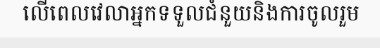
លើពេលវេលាអ្នកទទួលជំនួយនិងការចូលរួម